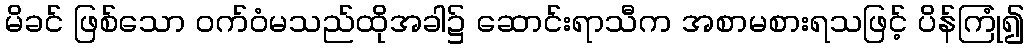
မိခင် ဖြစ်သော ဝက်ဝံမသည်ထိုအခါ၌ ဆောင်းရာသီက အစာမစားရသဖြင့် ပိန်ကြုံ၍